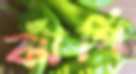
ঝাঁপি